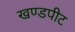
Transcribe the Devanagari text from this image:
खण्डपीट